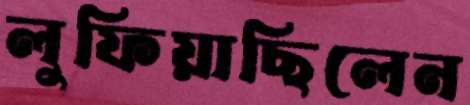
লুফিয়াছিলেন